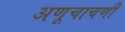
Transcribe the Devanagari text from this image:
अणूचाचणी